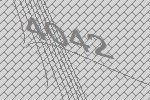
4042